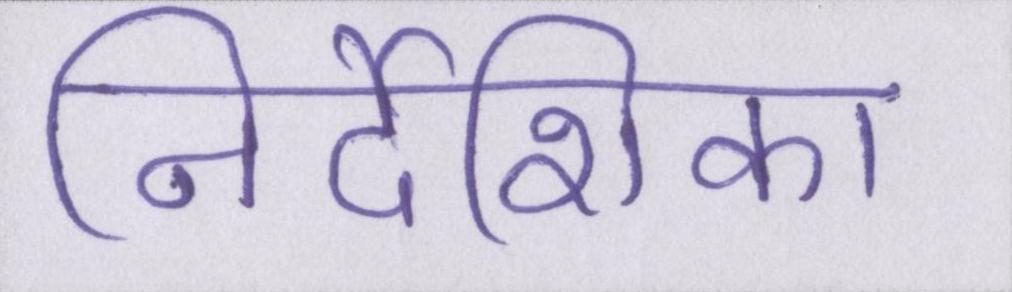
निर्देशिका